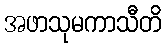
အဖာသုမကာသီတိ